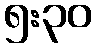
၅:၃၀